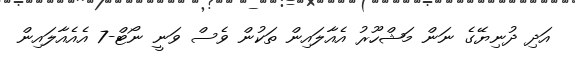
އަދި ދުނިޔޭގެ ނަން މަޝްހޫރު އެއާލައިން ތަކުން ވެސް ވަނީ ނޯޓް-7 އެއެއާލައިން